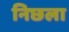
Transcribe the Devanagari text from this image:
निछला